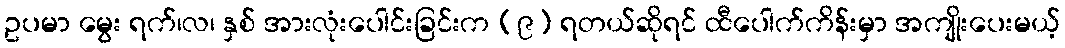
ဥပမာ မွေး ရက်၊လ၊ နှစ် အားလုံးပေါင်းခြင်းက (၉) ရတယ်ဆိုရင် ထီပေါက်ကိန်းမှာ အကျိုးပေးမယ့်